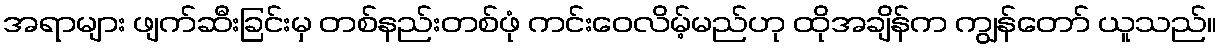
အရာများ ဖျက်ဆီးခြင်းမှ တစ်နည်းတစ်ဖုံ ကင်းဝေလိမ့်မည်ဟု ထိုအချိန်က ကျွန်တော် ယူသည်။